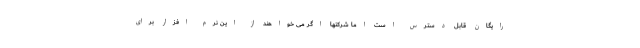
رایگان قابل دسترس است اما شرکتها اگر می خواهند از این نرم افزار برای